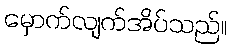
မှောက်လျက်အိပ်သည်။